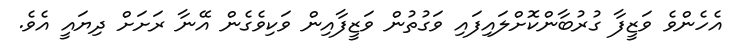
އެހެންވެ ވަޒީފާ ގުރުބާންކޮށްލައިފައި ވަގުތުން ވަޒީފާއިން ވަކިވެގެން އޭނާ ރަށަށް ދިޔައީ އެވެ.